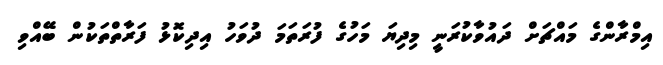
އިމްރާންގެ މައްޗަށް ދައުވާކުރަނީ މިދިޔަ މަހުގެ ފުރަތަމަ ދުވަހު އިދިކޮޅު ފަރާތްތަކުން ބޭއްވި